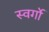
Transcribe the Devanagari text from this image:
स्वर्गो